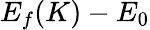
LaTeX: E_{f}(K)-E_{0}